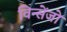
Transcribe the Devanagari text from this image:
विन्सेंजो